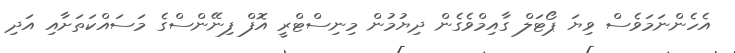
އެހެންނަމަވެސް ވިޔަ ޕޯޓަލް ގާއިމްވެގެން ދިޔުމުން މިނިސްޓްރީ އޮފް ފިނޭންސްގެ މަސައްކަތަށާއި އަދި